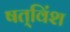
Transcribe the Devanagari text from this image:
षत्‌विंश